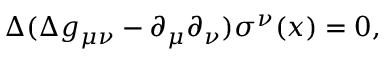
\Delta ( \Delta g _ { \mu \nu } - \partial _ { \mu } \partial _ { \nu } ) \sigma ^ { \nu } ( x ) = 0 ,